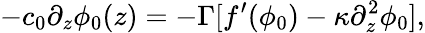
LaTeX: -c_{0}\partial_{z}\phi_{0}(z)=-\Gamma[f^{\prime}(\phi_{0})-\kappa\partial_{z}^{2}\phi_{0}],